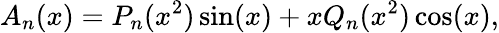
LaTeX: A_{n}(x)=P_{n}(x^{2})\sin(x)+xQ_{n}(x^{2})\cos(x),